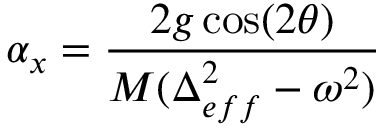
\alpha _ { x } = \frac { 2 g \cos ( 2 \theta ) } { M ( \Delta _ { e f f } ^ { 2 } - \omega ^ { 2 } ) }